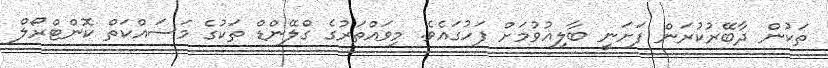
ތަކުން ދާބޭރުކުރަން ފަށަނީ ބާލިޣުވުމަށް ފަހުގައެވެ. މިވައްތަރުގެ ގްލޭންޑް ތަކުގެ މަސައްކަތް ކޮންޓްރޯލް